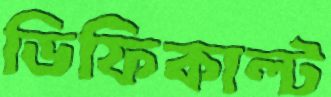
ডিফিকাল্ট